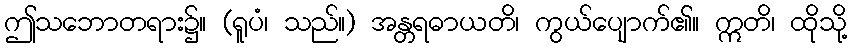
ဤသဘောတရား၌။ (ရူပံ၊ သည်။) အန္တရဓာယတိ၊ ကွယ်ပျောက်၏။ ဣတိ၊ ထိုသို့